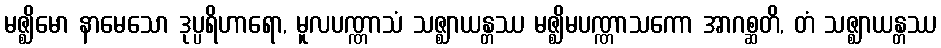
မဇ္ဈိမော နာမေသော ဒုပ္ပရိဟာရော, မူလပဏ္ဏာသံ သဇ္ဈာယန္တဿ မဇ္ဈိမပဏ္ဏာသကော အာဂစ္ဆတိ, တံ သဇ္ဈာယန္တဿ